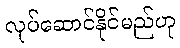
လုပ်ဆောင်နိုင်မည်ဟု